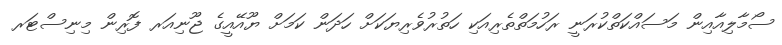
ސޯމާލިއާއިން މަސައްކަތްކުރަނީ ރަހުމަތްތެރިއަކި ހަތުރުވެރިޔަކަށް ހަދަން ކަމަށް ޔޫއޭއީގެ ޖޫނިއަރ ފޮރިން މިނިސްޓަރ